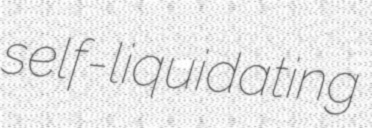
self-liquidating